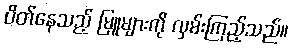
ပိတ်နေသည့် မြူများကို လှမ်းကြည့်သည်။